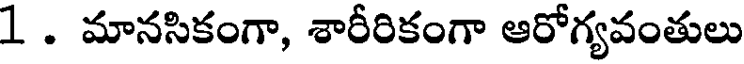
1 . మానసికంగా, శారీరికంగా ఆరోగ్యవంతులు